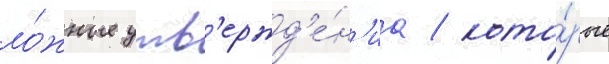
ло́жные утв'ержд'е́н'иа / кото́рые